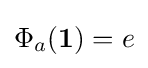
\Phi _{a}({\boldsymbol {1}})=e